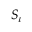
\boldsymbol { S } _ { \iota }